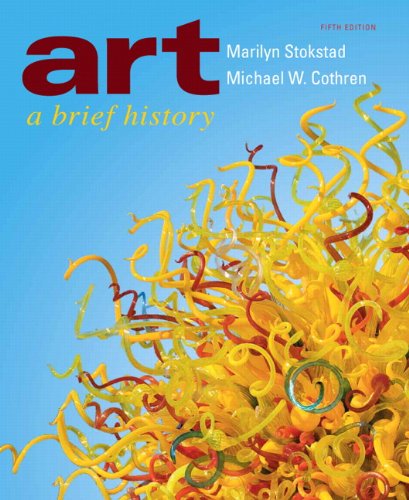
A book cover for Art: A Brief History (5th Edition); Marilyn Stokstad; Arts & Photography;